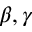
\beta , \gamma